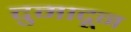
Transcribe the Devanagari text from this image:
दुमादून